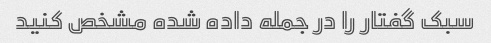
سبک گفتار را در جمله داده شده مشخص کنید